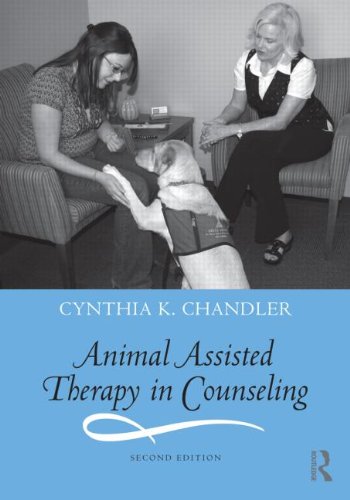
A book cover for Animal Assisted Therapy in Counseling; Cynthia K. Chandler; Medical Books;